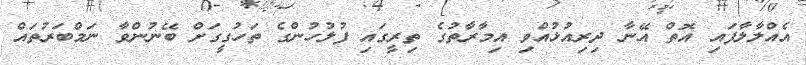
އެއްލާލާފައި އޮތް އޭނާ ދިރިއުޅުއްވި އިމާރާތުގެ ތިރީގައި ފުލުހުންގެ ތަހުގީގަށް ބޭނުންވާ ނަމްބަރުތައް